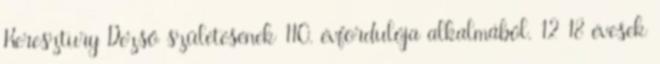
Keresztury Dezső születésének 110. évfordulója alkalmából. 12 18 évesek